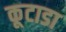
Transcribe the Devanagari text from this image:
कूटाडा